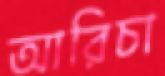
আরিচা